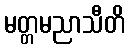
မတ္တမညာသီတိ